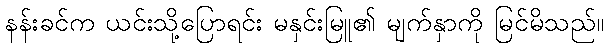
နန်းခင်က ယင်းသို့ပြောရင်း မနှင်းမြူ၏ မျက်နှာကို မြင်မိသည်။